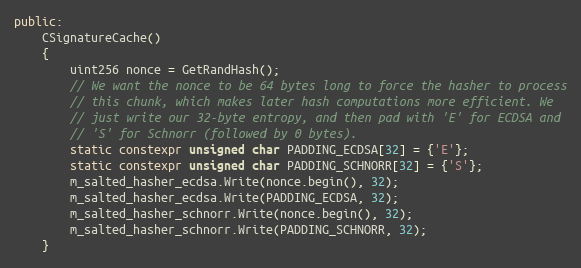
Language: C++
public:
    CSignatureCache()
    {
        uint256 nonce = GetRandHash();
        // We want the nonce to be 64 bytes long to force the hasher to process
        // this chunk, which makes later hash computations more efficient. We
        // just write our 32-byte entropy, and then pad with 'E' for ECDSA and
        // 'S' for Schnorr (followed by 0 bytes).
        static constexpr unsigned char PADDING_ECDSA[32] = {'E'};
        static constexpr unsigned char PADDING_SCHNORR[32] = {'S'};
        m_salted_hasher_ecdsa.Write(nonce.begin(), 32);
        m_salted_hasher_ecdsa.Write(PADDING_ECDSA, 32);
        m_salted_hasher_schnorr.Write(nonce.begin(), 32);
        m_salted_hasher_schnorr.Write(PADDING_SCHNORR, 32);
    }